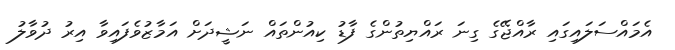
އެމައްސަލައިގައި ރާއްޖޭގެ ގިނަ ރައްޔިތުންގެ ފާޑު ކިއުންތައް ނަޝީދަށް އަމާޒުވެފައިވާ އިރު ދުވާލު